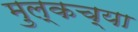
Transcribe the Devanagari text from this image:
मुल्कच्या